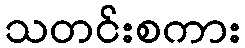
သတင်းစကား